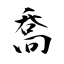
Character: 喬